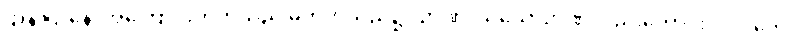
ဌာနာဌာနေ၊ အကြောင်းဟုတ်သည် မဟုတ်သည်၌။ ဉာဏံ၊ သိသောဉာဏ်လည်းကောင်း။ ဝိပါကေ၊